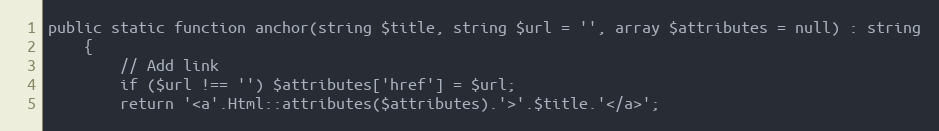
Language: PHP
public static function anchor(string $title, string $url = '', array $attributes = null) : string
    {
        // Add link
        if ($url !== '') $attributes['href'] = $url;
        return '<a'.Html::attributes($attributes).'>'.$title.'</a>';